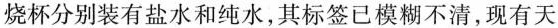
烧杯分别装有盐水和纯水，其标签已模糊不清，现有天